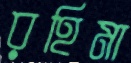
রহিমা